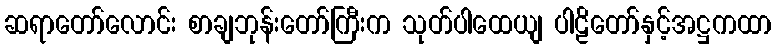
ဆရာတော်လောင်း စာချဘုန်းတော်ကြီးက သုတ်ပါထေယျ ပါဠိတော်နှင့်အဋ္ဌကထာ